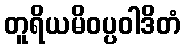
တူရိယမိဝပ္ပဝါဒိတံ